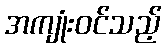
အကျုံးဝင်သည့်